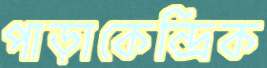
পাড়াকেন্দ্রিক